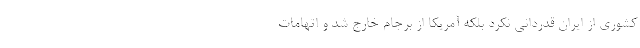
کشوری از ایران قدردانی نکرد بلکه آمریکا از برجام خارج شد و اتهامات